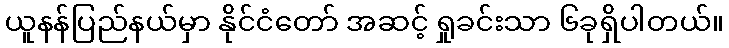
ယူနန်ပြည်နယ်မှာ နိုင်ငံတော် အဆင့် ရှုခင်းသာ ၆ခုရှိပါတယ်။